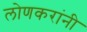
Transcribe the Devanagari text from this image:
लोणकरांनी